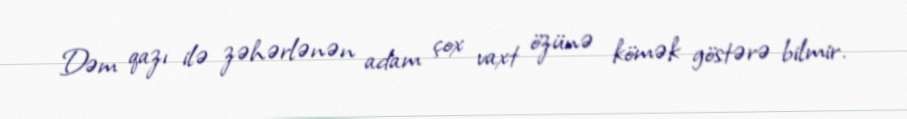
Dəm qazı ilə zəhərlənən adam çox vaxt özünə kömək göstərə bilmir.